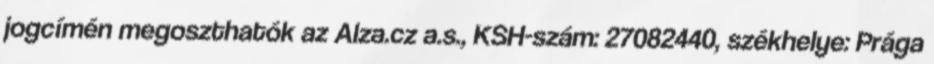
jogcímén megoszthatók az Alza.cz a.s., KSH-szám: 27082440, székhelye: Prága